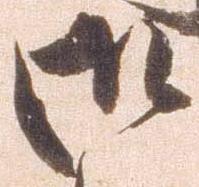
御